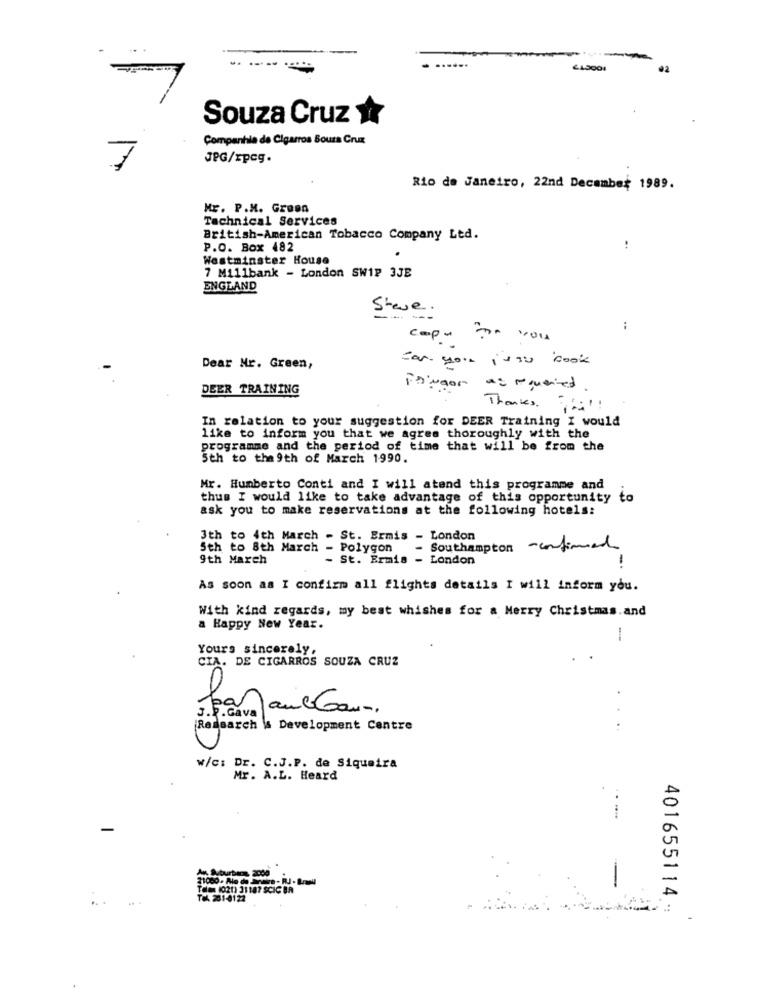
Souza Cruz
Companhia de Cigarros Bours Cruz
JPG/xpcg.
7
Rio de Janeiro, 22nd December 1989.
Mr. P.M. Green
Technical Services
British-American Tobacco Company Ltd.
P.O. Box 482
!
Westminster House
7 Millbank - London SW1₽ 3JE
ENGLAND
Steve.
:
cop- -. you
can you jsou book
Dear Nr. Green,
DEER TRAINING
Fringor as mqueried
Thanks.
In relation to your suggestion for DEER Training I would
like to inform you that we agree thoroughly with the
programme and the period of time that will be from the
Sth to the 9th of March 1990.
Mr. Humberto Conti and I will atend this programme and
thus I would like to take advantage of this opportunity to
ask you to make reservations at the following hotels:
3th to 4th March - St. Ermis - London
Sth to 8th March - Polygon
Southampton -confirmed
9th March
- St. Brmis - London
-
As soon as I confirm all flights details I will inform you.
With kind regards, my best whishes for a Merry Christmas.and
a Happy New Year.
-
Yours sincerely,
CIA. DE CIGARROS SOUZA CRUZ
travaux Goun,
Research & Development Centre
W/c: Dr. C.J.P. de Siqueira
Mr. A.L. Heard
As Suburbans 2060
Tea (021) 31187 SCIC BA
TOL 201-0122
401655114 -